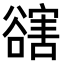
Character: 𧯆